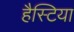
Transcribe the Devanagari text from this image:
हैस्टिया